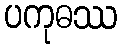
ပကုဓဿ